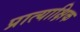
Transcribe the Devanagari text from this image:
प्रात्याक्षिक